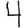
Digit: 4